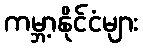
ကမ္ဘာ့နိုင်ငံများ